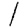
Digit: 1